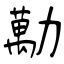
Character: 勱